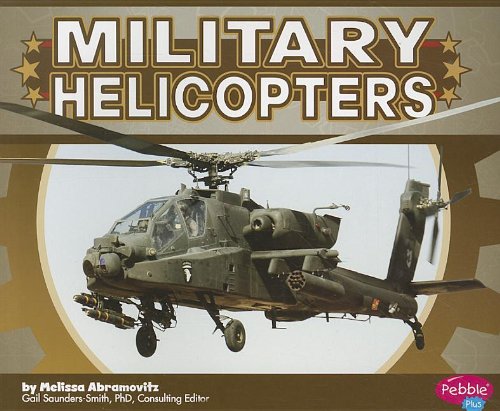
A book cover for Military Helicopters (Military Machines); Melissa Abramovitz; Children's Books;